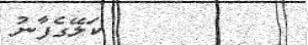
٧         ކަލޭގެފާނު